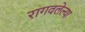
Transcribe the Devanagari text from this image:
रागवलेल्या